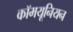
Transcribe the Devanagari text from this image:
कॉमयूनियन